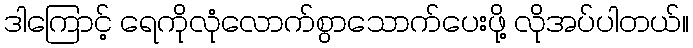
ဒါကြောင့် ရေကိုလုံလောက်စွာသောက်ပေးဖို့ လိုအပ်ပါတယ်။